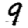
Digit: 9